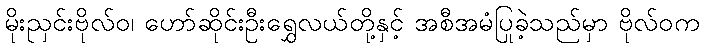
မိုးညှင်းဗိုလ်ဝ၊ ဟော်ဆိုင်းဦးရွှေလယ်တို့နှင့် အစီအမံပြုခဲ့သည်မှာ ဗိုလ်ဝက